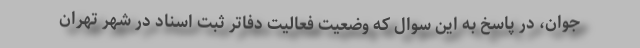
جوان، در پاسخ به این سوال که وضعیت فعالیت دفاتر ثبت اسناد در شهر تهران